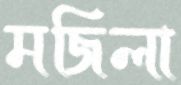
মজিলা